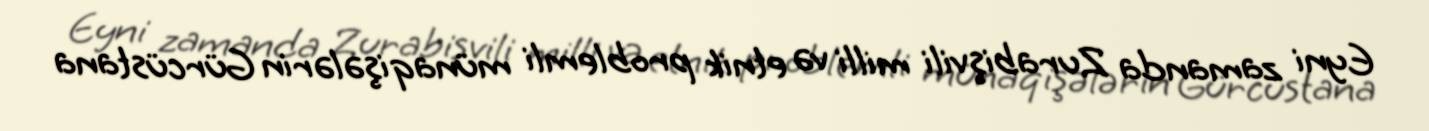
Eyni zamanda Zurabişvili milli və etnik problemli münaqişələrin Gürcüstana